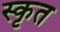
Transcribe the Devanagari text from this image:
स्कृत